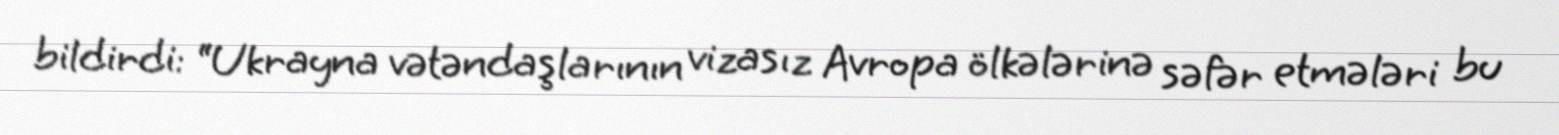
bildirdi: “Ukrayna vətəndaşlarının vizasız Avropa ölkələrinə səfər etmələri bu